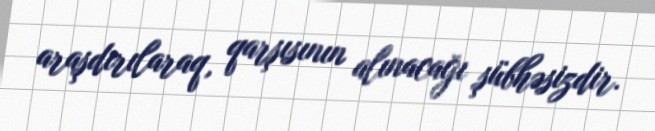
araşdırılaraq, qarşısının alınacağı şübhəsizdir.